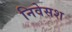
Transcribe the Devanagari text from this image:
निवेसश